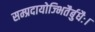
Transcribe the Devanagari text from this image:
सम्प्रदायोज्भितैर्बुधैः।